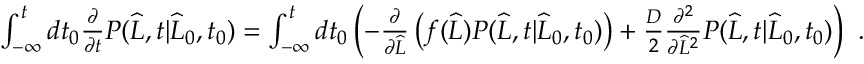
\begin{array} { r } { \int _ { - \infty } ^ { t } d t _ { 0 } \frac { \partial } { \partial t } P ( \widehat { L } , t | \widehat { L } _ { 0 } , t _ { 0 } ) = \int _ { - \infty } ^ { t } d t _ { 0 } \left( - \frac { \partial } { \partial \widehat { L } } \left( f ( \widehat { L } ) P ( \widehat { L } , t | \widehat { L } _ { 0 } , t _ { 0 } ) \right) + \frac { D } { 2 } \frac { \partial ^ { 2 } } { \partial \widehat { L } ^ { 2 } } P ( \widehat { L } , t | \widehat { L } _ { 0 } , t _ { 0 } ) \right) \ . } \end{array}